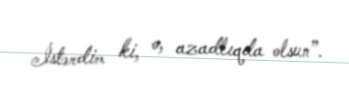
İstərdim ki, o, azadlıqda olsun”.